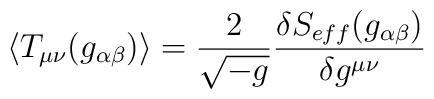
\langle T_{\mu\nu}(g_{\alpha\beta})\rangle = \frac{2}{\sqrt{-g}}\frac{\delta S_{eff}(g_{\alpha\beta})}{\delta g^{\mu\nu}}